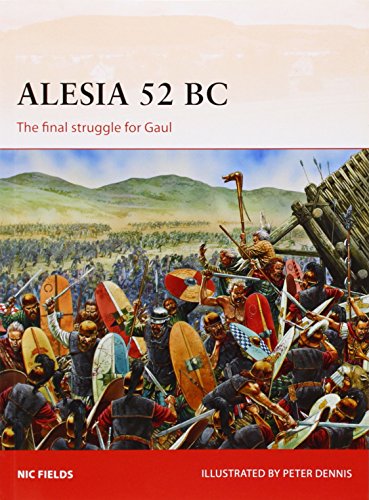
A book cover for Alesia 52 BC: The final struggle for Gaul (Campaign); Nic Fields; History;